Vaccine operations Central Provinces & Berar 1912-1920 - 1912-1920
Year: 1912
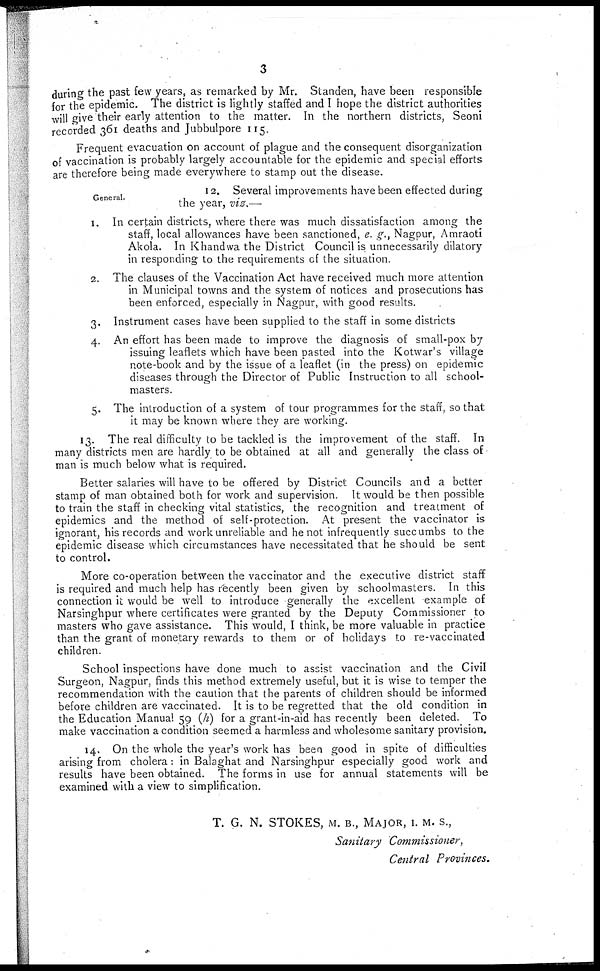
3
during the past few years, as remarked by Mr. Standen, have been responsible
for the epidemic. The district is lightly staffed and I hope the district authorities
will give their early attention to the matter. In the northern districts, Seoni
recorded 361 deaths and Jubbulpore 115.
Frequent evacuation on account of plague and the consequent disorganization
of vaccination is probably largely accountable for the epidemic and special efforts
are therefore being made everywhere to stamp out the disease.
General.
12. Several improvements have been effected during
the year, viz.—
1. In certain districts, where there was much dissatisfaction among the
staff, local allowances have been sanctioned, e. g., Nagpur, Amraoti
Akola. In Khandwa the District Council is unnecessarily dilatory
in responding to the requirements of the situation.
2. The clauses of the Vaccination Act have received much more attention
in Municipal towns and the system of notices and prosecutions has
been enforced, especially in Nagpur, with good results.
3. Instrument cases have been supplied to the staff in some districts
4. An effort has been made to improve the diagnosis of small-pox by
issuing leaflets which have been pasted into the Kotwar's village
note-book and by the issue of a leaflet (in the press) on epidemic
diseases through the Director of Public Instruction to all school-
masters.
5. The introduction of a system of tour programmes for the staff, so that
it may be known where they are working.
13. The real difficulty to be tackled is the improvement of the staff. In
many districts men are hardly to be obtained at all and generally the class of
man is much below what is required.
Better salaries will have to be offered by District Councils and a better
stamp of man obtained both for work and supervision. It would be then possible
to train the staff in checking vital statistics, the recognition and treatment of
epidemics and the method of self-protection. At present the vaccinator is
ignorant, his records and work unreliable and he not infrequently succumbs to the
epidemic disease which circumstances have necessitated that he should be sent
to control.
More co-operation between the vaccinator and the executive district staff
is required and much help has recently been given by schoolmasters. In this
connection it would be well to introduce generally the excellent example of
Narsinghpur where certificates were granted by the Deputy Commissioner to
masters who gave assistance. This would, I think, be more valuable in practice
than the grant of monetary rewards to them or of holidays to re-vaccinated
children.
School inspections have done much to assist vaccination and the Civil
Surgeon, Nagpur, finds this method extremely useful, but it is wise to temper the
recommendation with the caution that the parents of children should be informed
before children are vaccinated. It is to be regretted that the old condition in
the Education Manual 59 (h) for a grant-in-aid has recently been deleted. To
make vaccination a condition seemed a harmless and wholesome sanitary provision.
14. On the whole the year's work has been good in spite of difficulties
arising from cholera: in Balaghat and Narsinghpur especially good work and
results have been obtained. The forms in use for annual statements will be
examined with a view to simplification.
T. G. N. STOKES, M. B., MAJOR, I. M. S.,
Sanitary Commissioner,
Central Provinces.